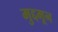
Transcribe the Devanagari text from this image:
मुद्दमून